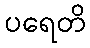
ပရေတိ